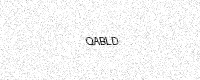
Text: QABLD